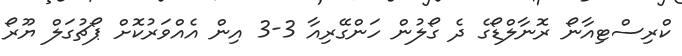
ކްރިސްޓިއާނޯ ރޮނާލްޑޯގެ ދެ ގޯލުން ހަންގޭރިއާ 3-3 އިން އެއްވަރުކޮށް ޕޯޗުގަލް ޔޫރޯ